Trukikaitis_Postimees, lk 189
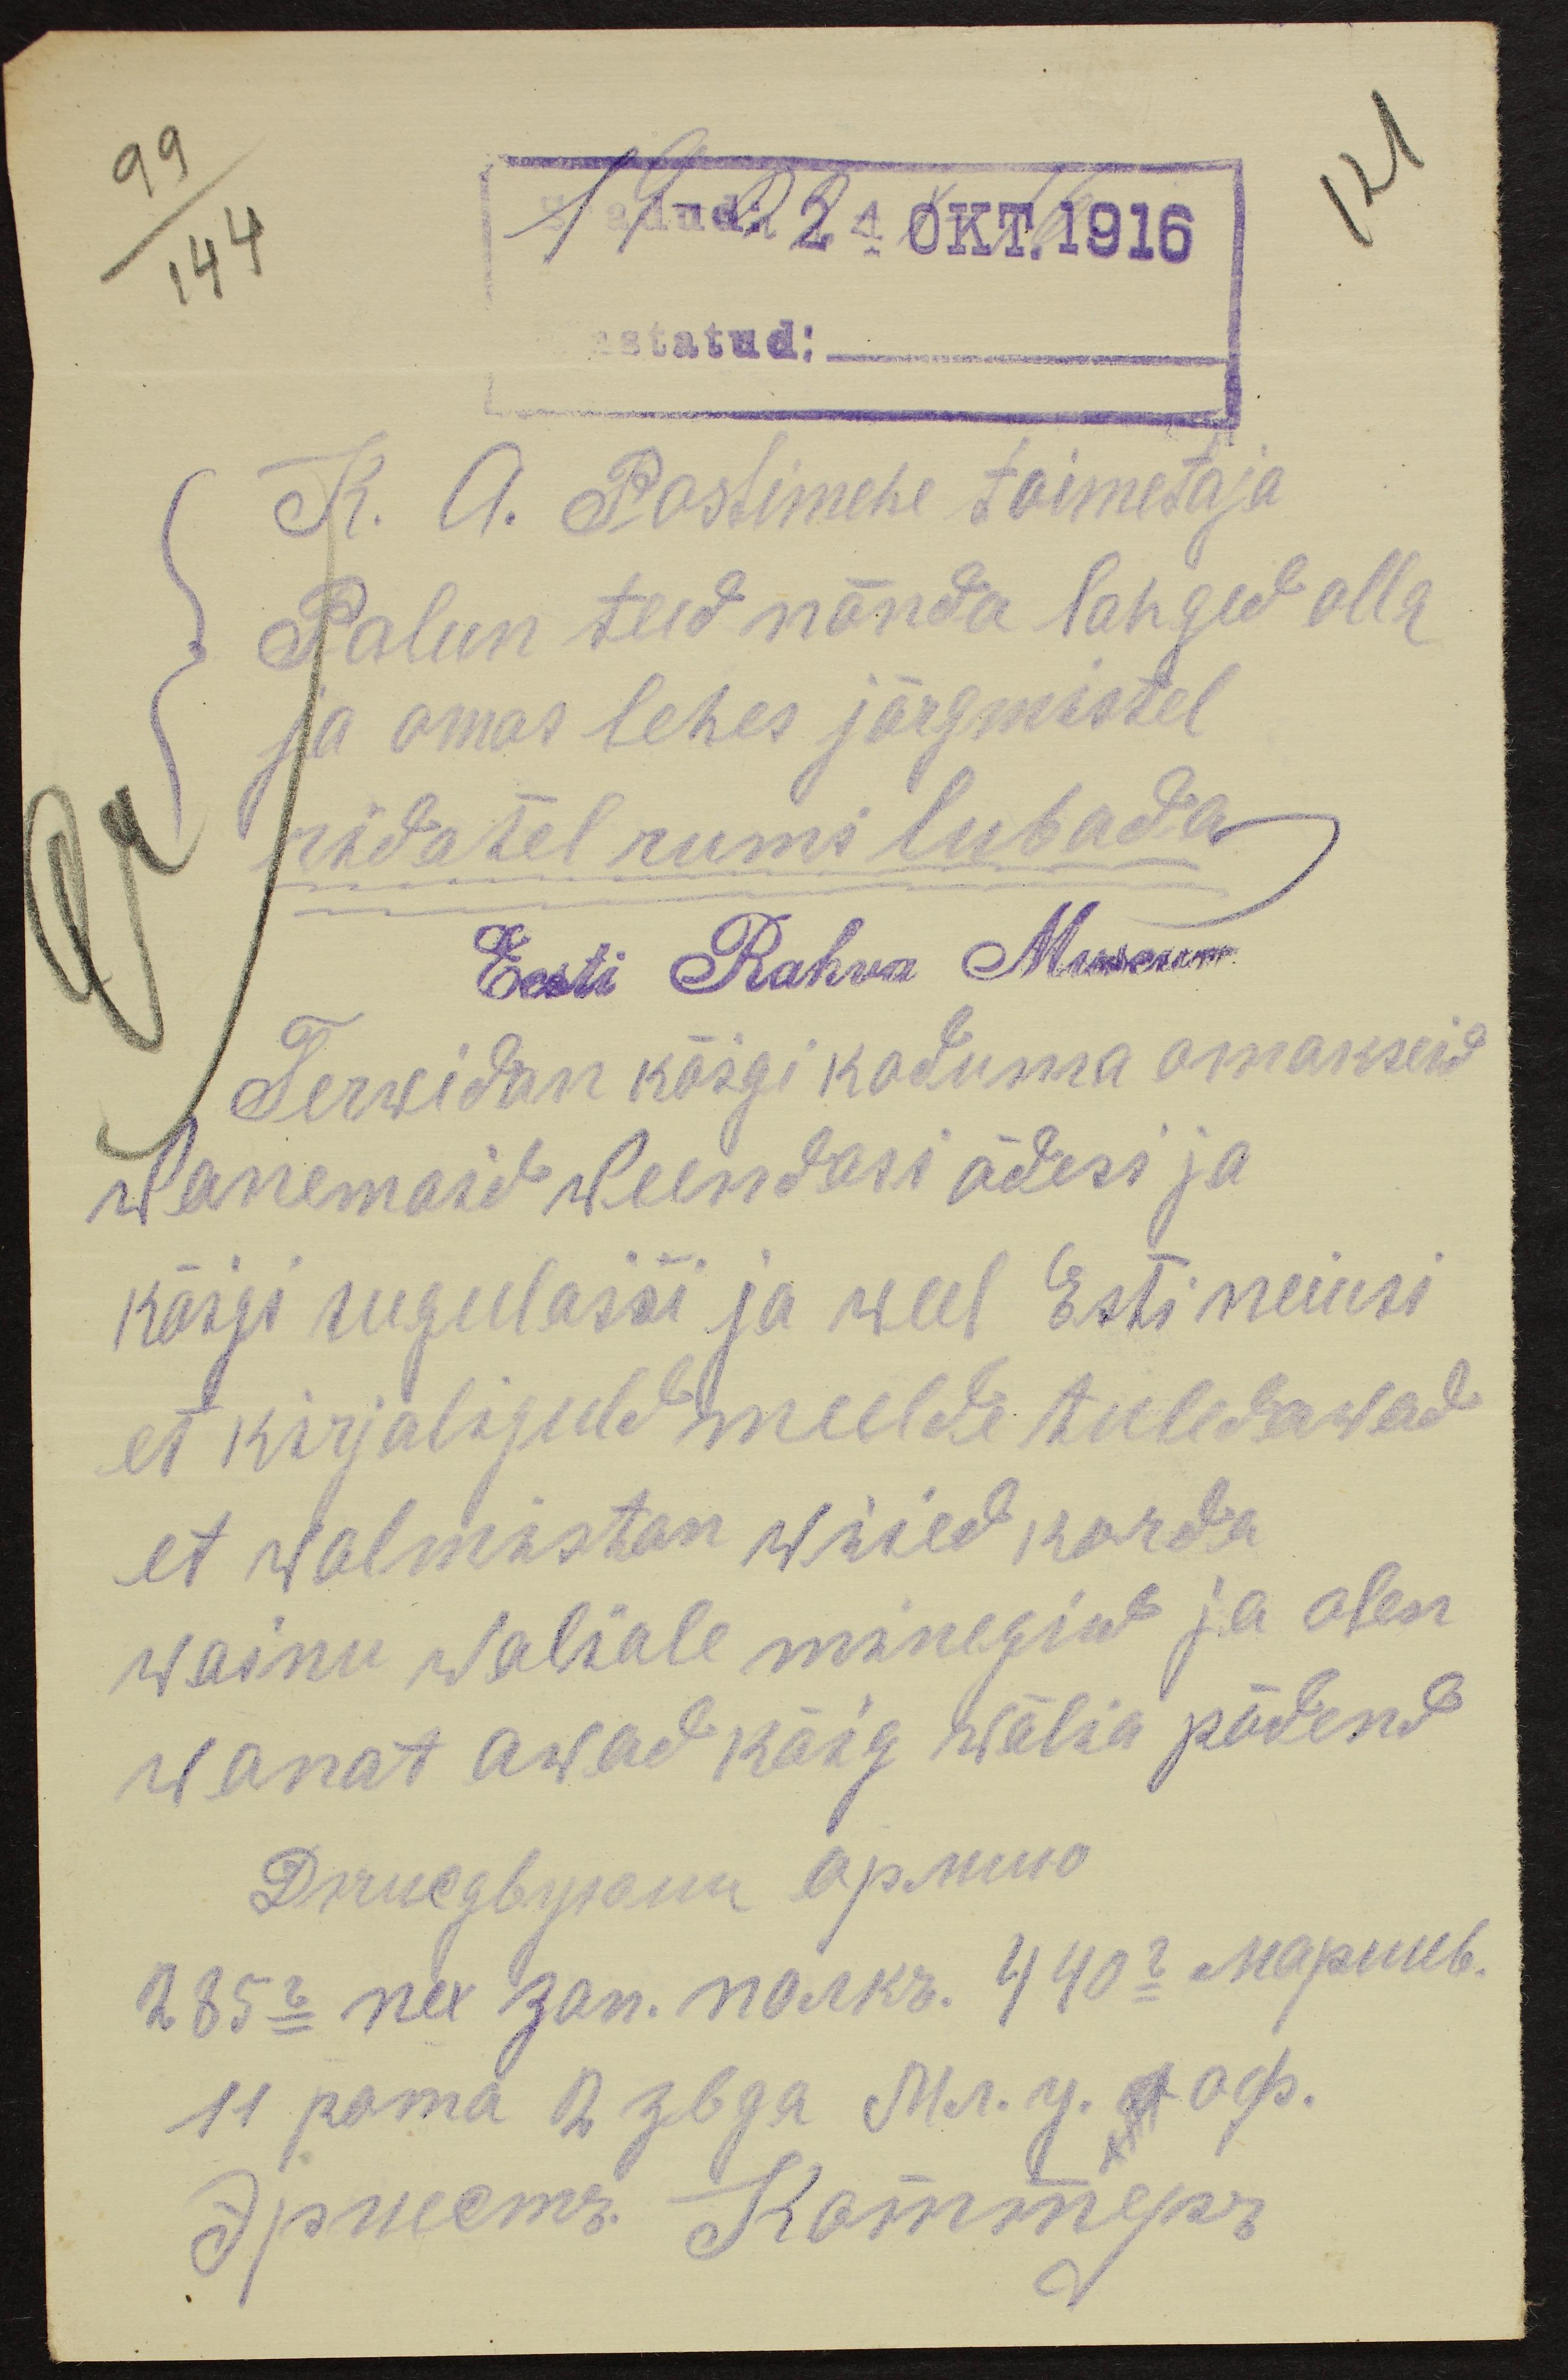
99
Saadud: 24 OKT.1916
121
144
astatud:
K. A. Postimehe toimetaja
Palun teid nõnda lahged olla
ja omas lehes järgmistel
ridatel rumi lubada
Eest Rahva Museum
Terwidan kõigi koduma omakseid
wanemaid weendasi õdesi ja
kõigi suigulaisi ja weel Esti neiusi
et kirjaliguld meelde tuledawad
et walmastan wiied korda
wainu waliale minegiks ja olen
wanat awad kõig wälia põdend